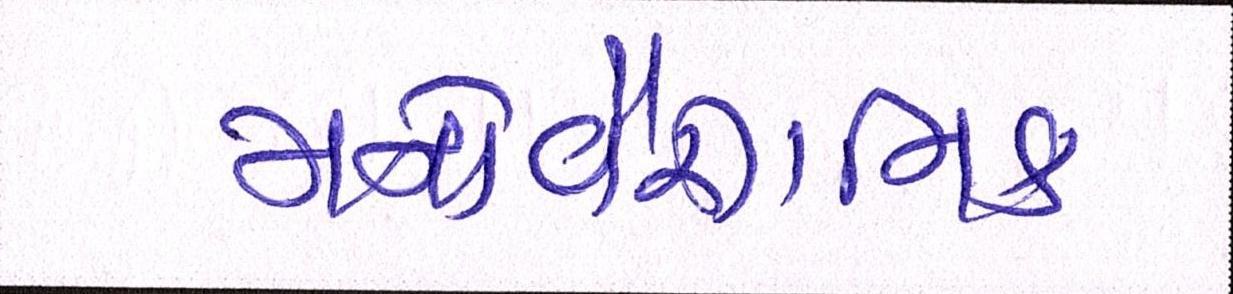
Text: મનોવૈજ્ઞાાનિક